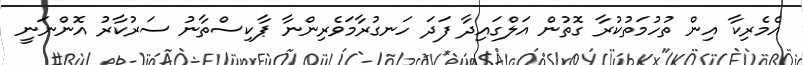
އެމެރިކާ އިން ތުހުމަތުކުރާ ގޮތުން އަލްގައިދާ ފަދަ ހަނގުރާމަވެރިންނާ ޕާކިސްތާނު ސަރުކާރު އޮންނަނީ